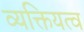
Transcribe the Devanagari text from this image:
व्यक्तियत्व